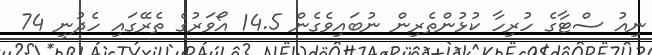
ނިއު ސްޓާގެ ހުރިހާ ކުޅުންތެރިން ނުބައިވެގެން 14.5 އޯވަރުގެ ތެރޭގައި ހެދުނީ 74